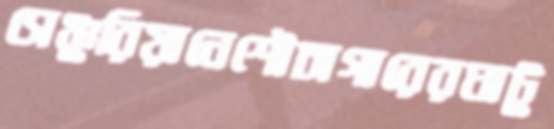
সেঞ্চুরিয়ানেশৌচাগারেরঘাটু